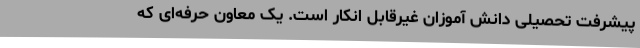
پیشرفت تحصیلی دانش آموزان غیرقابل انکار است. یک معاون حرفه‌ای که